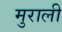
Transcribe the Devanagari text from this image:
मुराली